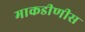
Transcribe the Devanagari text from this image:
माकडीणीस